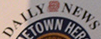
DAILYNEWS